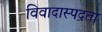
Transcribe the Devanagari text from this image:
विवादास्पदता